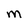
Character: M